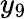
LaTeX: y_{9}